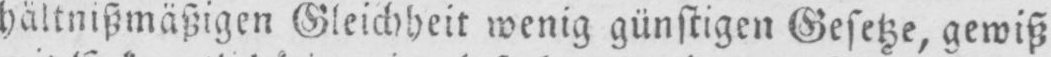
hältnißmäßigen Gleichheit wenig günstigen Gesetze, gewiß